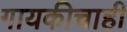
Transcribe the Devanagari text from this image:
गायकीचाही